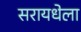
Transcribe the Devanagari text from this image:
सरायधेला